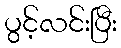
ပွင့်လင်းပြီး